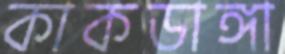
কাকডাঙ্গা